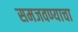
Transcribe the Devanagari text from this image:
समजवण्याचा